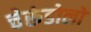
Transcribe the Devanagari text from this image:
चेरूंडोलो